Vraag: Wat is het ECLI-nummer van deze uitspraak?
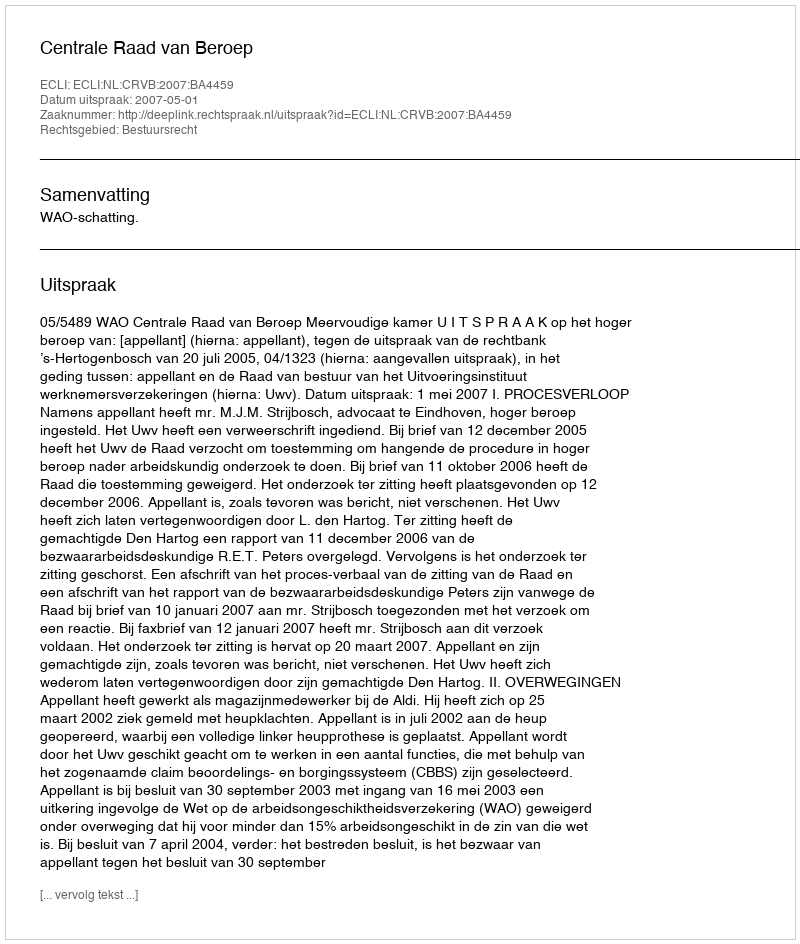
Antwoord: ECLI:NL:CRVB:2007:BA4459